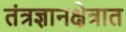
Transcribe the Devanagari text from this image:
तंत्रज्ञानक्षेत्रात